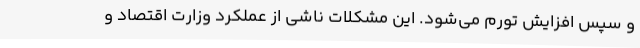
و سپس افزایش تورم می‌شود. این مشکلات ناشی از عملکرد وزارت اقتصاد و